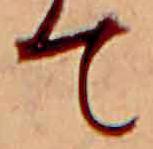
て